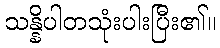
သန္နိပါတသုံးပါးပြီး၏။